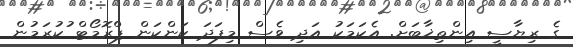
ގެ ރިޔާސީ އިންތިޚާބަށް. އެކަމަކު އަދި ވެސް މިފަދަ ކަންކަން ޕްރޮމޯޓް ުކުރަމުން